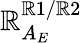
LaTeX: \mathbb{R}_{A_{E}}^{\mathbb{R}1/\mathbb{R}2}